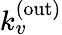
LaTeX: k_{v}^{\mathrm{(out)}}